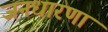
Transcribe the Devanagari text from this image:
जनधारणा